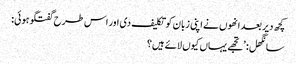
کچھ دیر بعد انھوں نے اپنی زبان کو تکلیف دی اور اس طرح گفتگو ہوئی:
سانگھل: ’تجھے یہاں کیوں لائے ہیں؟